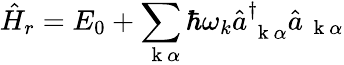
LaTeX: \hat{H}_{r}=E_{0}+\sum_{\mathrm{~\mathbf~k~}\alpha}\hbar\omega_{k}\hat{a}_{\mathrm{~\mathbf~k~}\alpha}^{\dagger}\hat{a}_{\mathrm{~\mathbf~k~}\alpha}